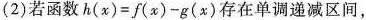
(2)若函数$$h(x)=f(x)-g(x)$$存在单调递减区间，